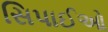
સિપાઈઓ